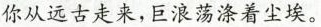
你从远古走来，巨浪荡涤着尘埃。